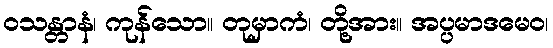
ဝသန္တာနံ၊ ကုန်သော။ တုမှာကံ၊ တို့အား။ အပ္ပမာဒမေဝ၊